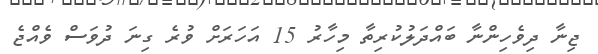
ޖިނާ ދިވެހިންނާ ބައްދަލުކުރިތާ މިހާރު 15 އަހަރަށް ވުރެ ގިނަ ދުވަސް ވެއްޖެ